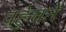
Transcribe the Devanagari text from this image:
पहु॑चते